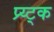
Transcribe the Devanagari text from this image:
प्र्य्ट्क